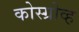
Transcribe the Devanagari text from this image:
कोस्ग्रोव्ह